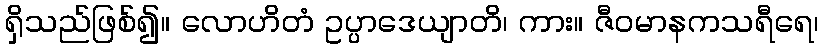
ရှိသည်ဖြစ်၍။ လောဟိတံ ဥပ္ပာဒေယျာတိ၊ ကား။ ဇီဝမာနကသရီရေ၊